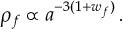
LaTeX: { \rho } _ { f } \propto a ^ { - 3 ( 1 + w _ { f } ) } \, .